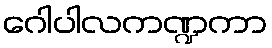
ဂေါပါလကဏ္ဍကာ